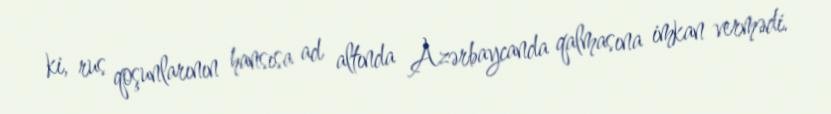
ki, rus qoşunlarının hansısa ad altında Azərbaycanda qalmasına imkan vermədi.